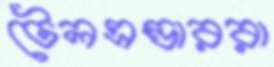
টেলএন্ডাররা